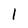
Character: 1